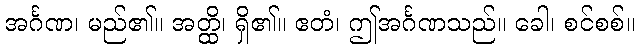
အင်္ဂဏ၊ မည်၏။ အတ္ထိ၊ ရှိ၏။ ဧတံ၊ ဤအင်္ဂဏသည်။ ခေါ၊ စင်စစ်။